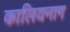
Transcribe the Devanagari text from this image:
कालियनाग